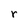
Character: r